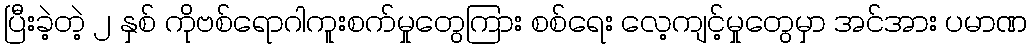
ပြီးခဲ့တဲ့ ၂ နှစ် ကိုဗစ်ရောဂါကူးစက်မှုတွေကြား စစ်ရေး လေ့ကျင့်မှုတွေမှာ အင်အား ပမာဏ